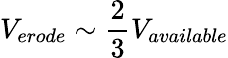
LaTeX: V_{erode}\sim\frac{2}{3}V_{available}